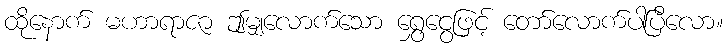
ထိုနောက် မဟာရာဇာ ဤမျှလောက်သော ရွှေငွေဖြင့် တော်လောက်ပါပြီလော။